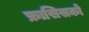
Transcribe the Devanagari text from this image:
फ्रासिसको